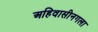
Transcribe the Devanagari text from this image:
अहिवासीनगला